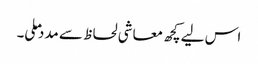
اس لیے کچھ معاشی لحاظ سے مدد ملی۔